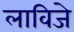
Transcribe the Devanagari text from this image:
लाविजे